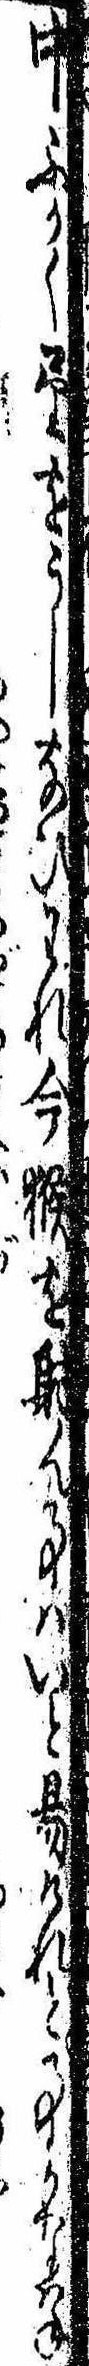
中ふかく望をうしなひわれ今猴を射ん事はいと易けれど事かなはね